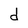
Character: d